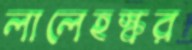
লালেহস্কর